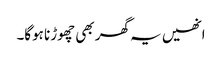
انھیں یہ گھر بھی چھوڑنا ہوگا۔